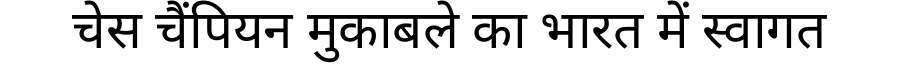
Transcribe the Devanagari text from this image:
चेस चैंपियन मुकाबले का भारत में स्वागत